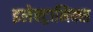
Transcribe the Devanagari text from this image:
इलेक्ट्रानिक्‍स